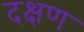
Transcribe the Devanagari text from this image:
दक्षण